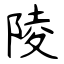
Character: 陵